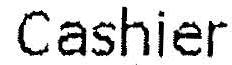
CASHIER